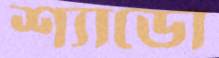
শ্যাডো